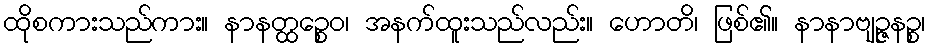
ထိုစကားသည်ကား။ နာနတ္ထဉ္စေဝ၊ အနက်ထူးသည်လည်း။ ဟောတိ၊ ဖြစ်၏။ နာနာဗျဉ္ဇနဉ္စ၊